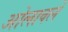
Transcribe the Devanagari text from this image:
ओलावले